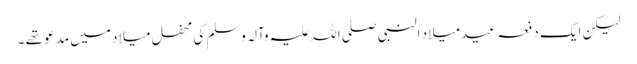
لیکن ایک دفعہ عید میلاد النبی صلی اللہ علیہ وآلہ وسلم کی محفل میلاد میں مدعو تھے ۔